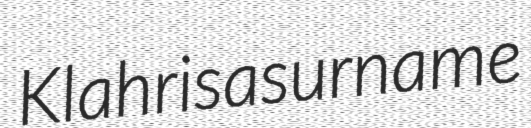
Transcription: Klahr is a surname